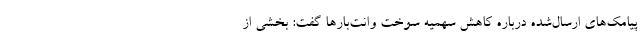
پیامک‌های ارسال‌شده درباره کاهش سهمیه سوخت وانت‌بارها گفت: بخشی از